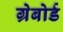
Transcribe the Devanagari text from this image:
ग्रेबोर्ड